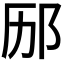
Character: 𮷨